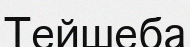
Тейшеба